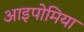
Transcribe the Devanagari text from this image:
आइपोमिया